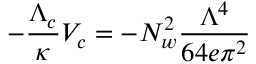
- \frac { \Lambda _ { c } } { \kappa } V _ { c } = - N _ { w } ^ { 2 } \frac { \Lambda ^ { 4 } } { 6 4 e \pi ^ { 2 } }